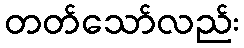
တတ်သော်လည်း